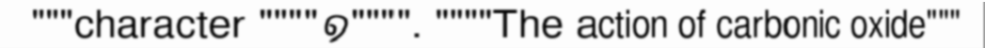
"""character """"១"""". """"The action of carbonic oxide"""